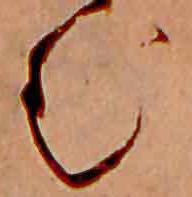
む